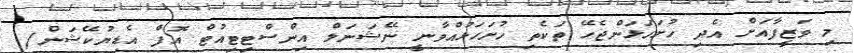
މި ވަޒީފާއަށް އެދި ހުށަހަޅަންޖެހޭ ތަކެތި ހުށަހަޅުއްވާނީ ނޭޝަނަލް އިންސްޓިޓިއުޓް އޮފް އެޑިޔުކޭޝަން/